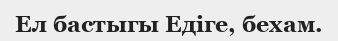
Ел бастыгы Едіге, бехам.